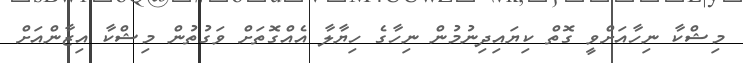
މިޝްކާ ނިހާއަށްވީ ގޮތް ކިޔައިދިނުމުން ނިހާގެ ހިޔާލާ އެއްގޮތަށް ވަގުތުން މިޝްކާ އިޒާންއަށް